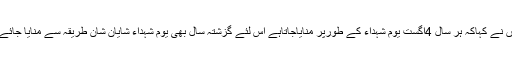
انہوں نے کہاکہ ہر سال 4اگست یوم شہداء کے طورپر منایاجاتاہے اس لئے گزشتہ سال بھی یوم شہداء شایان شان طریقہ سے منایا جائے گا۔